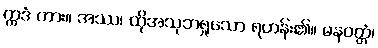
ဣဒံ ကား။ အဿ၊ ထိုအသုဘရှုသော ရဟန်း၏။ မနဝတ္တံ၊